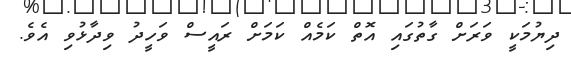
ދިޔުމަކީ ވަރަށް ގާތުގައި އޮތް ކަމެއް ކަމަށް ރައީސް ވަހީދު ވިދާޅުވި އެވެ.